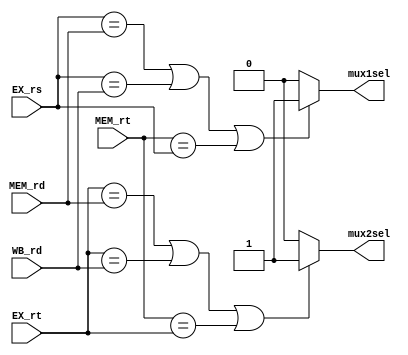
`timescale 1ns / 1ps
//////////////////////////////////////////////////////////////////////////////////
// Company: 
// Engineer: 
// 
// Design Name: 
// Module Name: Forwarding
// Project Name: 
// Target Devices: 
// Tool Versions: 
// Description: 
// 
// Dependencies: 
// 
// Revision:
// Revision 0.01 - File Created
// Additional Comments:
// 
//////////////////////////////////////////////////////////////////////////////////


module Forwarding(EX_rs, EX_rt, MEM_rd, WB_rd, MEM_rt, mux1sel, mux2sel);

    input [4:0] EX_rs, EX_rt, MEM_rd, WB_rd, MEM_rt;
    output mux1sel, mux2sel;
    
    assign mux1sel = (EX_rs == MEM_rd || EX_rs == WB_rd || MEM_rt == EX_rs) ? 1:0;
    assign mux2sel = (EX_rt == MEM_rd || EX_rt == WB_rd || MEM_rt == EX_rt) ? 1:0;

endmodule